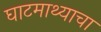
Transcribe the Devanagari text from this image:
घाटमाथ्याचा